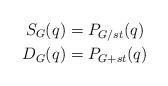
LaTeX: \begin{align*}S_G(q) &= P_{G/st}(q) \\D_G(q) &= P_{G+st}(q) \end{align*}